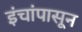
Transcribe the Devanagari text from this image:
इंचांपासून